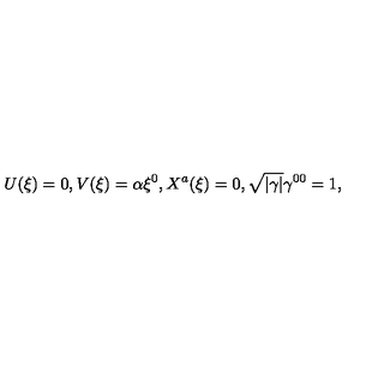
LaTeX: U ( \xi ) = 0 , V ( \xi ) = \alpha \xi ^ { 0 } , X ^ { a } ( \xi ) = 0 , \sqrt { | \gamma | } \gamma ^ { 0 0 } = 1 ,